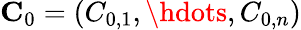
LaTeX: \mathbf{C}_{0}=(C_{0,1},\hdots,C_{0,n})